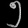
Digit: ၅